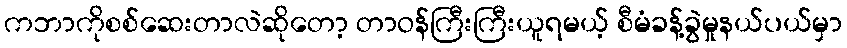
ကဘာကိုစစ်ဆေးတာလဲဆိုတော့ တာဝန်ကြီးကြီးယူရမယ့် စီမံခန့်ခွဲမှုနယ်ပယ်မှာ